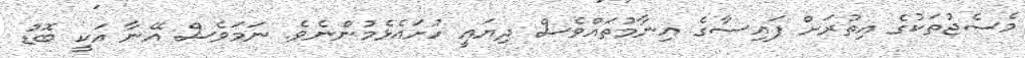
މެސެޖުތަކުގެ އިތުރަށް ފައިސާގެ އިނާމުތައްވެސް ދިޔައީ ހުށައެޅެމުންނެވެ. ނަމަވެސް އޭނާ އަކީ ބޮޑު